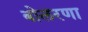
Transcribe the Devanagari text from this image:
बोलरणा